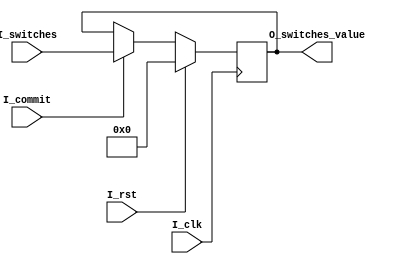
`timescale 1ns / 1ps

module buffer(
    input I_clk,
    input I_rst,
    input [31:0] I_switches,
    input I_commit,
    output reg [31:0] O_switches_value
    );
    always @(posedge I_clk)begin
      if(I_rst)begin
          O_switches_value<=32'b0;
      end
      else if(I_commit)begin
          O_switches_value<=I_switches;
      end
      else begin
          O_switches_value<=O_switches_value;
      end
    end

    
endmodule